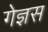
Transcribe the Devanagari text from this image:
गेज्ञस